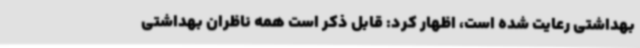
بهداشتی رعایت شده است، اظهار کرد: قابل ذکر است همه ناظران بهداشتی